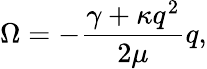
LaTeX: \Omega=-\frac{\gamma+\kappa q^{2}}{2\mu}q,